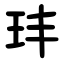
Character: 玤